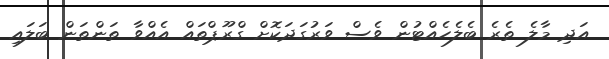
އަދި މާލެ ތެރެ ބެލެހެއްޓުން ވެސް ވަރުގަދަކޮށް ގްރޫޕްތައް އެއްވާ ތަންތަން ބަލައި